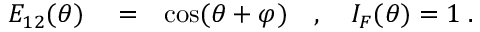
\begin{array} { r l r } { E _ { 1 2 } ( \theta ) } & { { } = } & { \cos ( \theta + \varphi ) \quad , \quad I _ { F } ( \theta ) = 1 \; . } \end{array}